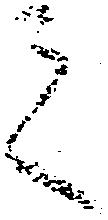
之